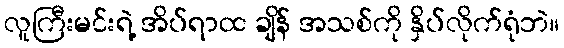
လူကြီးမင်းရဲ့ အိပ်ရာထ ချိန် အသစ်ကို နှိပ်လိုက်ရုံဘဲ။